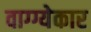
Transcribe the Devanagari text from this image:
वाग्ग्येकार